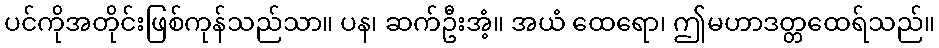
ပင်ကိုအတိုင်းဖြစ်ကုန်သည်သာ။ ပန၊ ဆက်ဦးအံ့။ အယံ ထေရော၊ ဤမဟာဒတ္တထေရ်သည်။